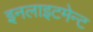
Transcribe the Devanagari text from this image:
इनलाइटमेन्ट